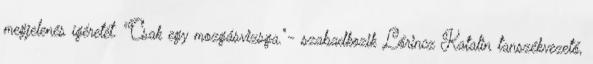
megjelenés ígéretét. "Csak egy mozgásvizsga."- szabadkozik Lőrincz Katalin tanszékvezető,